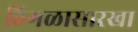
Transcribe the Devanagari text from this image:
ठिगळासारखा